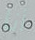
أنا